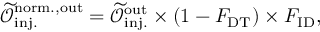
\mathcal { \widetilde { O } } _ { \mathrm { i n j . } } ^ { \mathrm { n o r m . , o u t } } = \mathcal { \widetilde { O } } _ { \mathrm { i n j . } } ^ { \mathrm { o u t } } \times ( 1 - F _ { \mathrm { D T } } ) \times F _ { \mathrm { I D } } ,